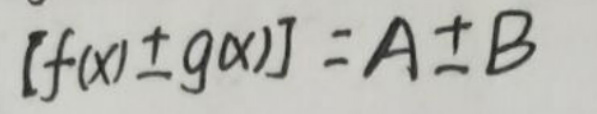
$[f(x)\pm g(x)]=A\pm B$